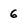
Character: 6